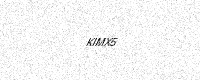
Text: KIMX5